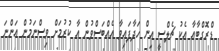
ޑްރޮގްބާއާ އެކު ޗެލްސީ އިން ހަދާފައިވާ އެއްބަސްވުން އާ ކުރުމަށް ވިސްނަމުން އަންނަ